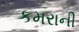
કમરાની